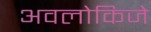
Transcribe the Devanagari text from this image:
अवलोकिजे